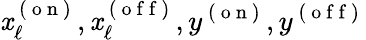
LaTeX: \mathit{x}_{\ell}^{\mathrm{{~(~o~n~)~}}},\mathit{x}_{\ell}^{\mathrm{{~(~o~f~f~)~}}},y^{\mathrm{{~(~o~n~)~}}},y^{\mathrm{{~(~o~f~f~)~}}}